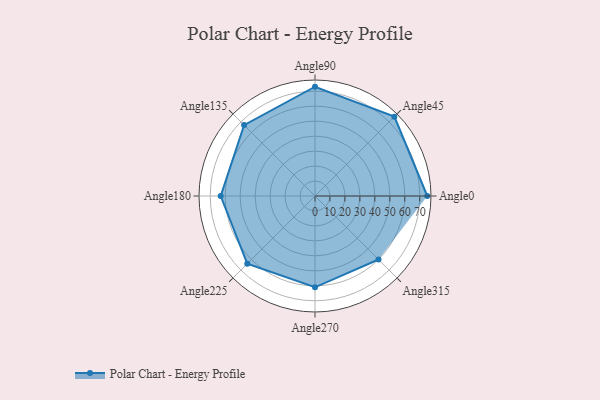
{"axis": {"x": "Angle", "y": "Radius"}, "legend": [""], "data": [{"x": "Angle0", "y": 75.0, "type": ""}, {"x": "Angle45", "y": 75.0, "type": ""}, {"x": "Angle90", "y": 73.0, "type": ""}, {"x": "Angle135", "y": 67.0, "type": ""}, {"x": "Angle180", "y": 63.0, "type": ""}, {"x": "Angle225", "y": 64.0, "type": ""}, {"x": "Angle270", "y": 61.0, "type": ""}, {"x": "Angle315", "y": 60.0, "type": ""}]}